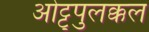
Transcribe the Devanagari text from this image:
ओट्टुपुलक्कल